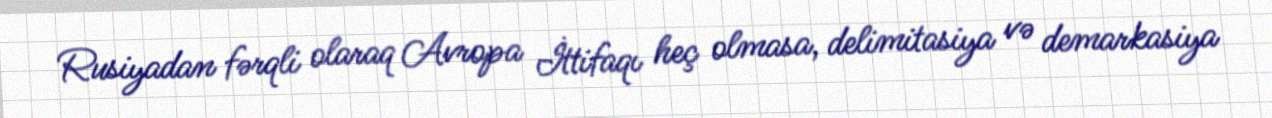
Rusiyadan fərqli olaraq Avropa İttifaqı heç olmasa, delimitasiya və demarkasiya